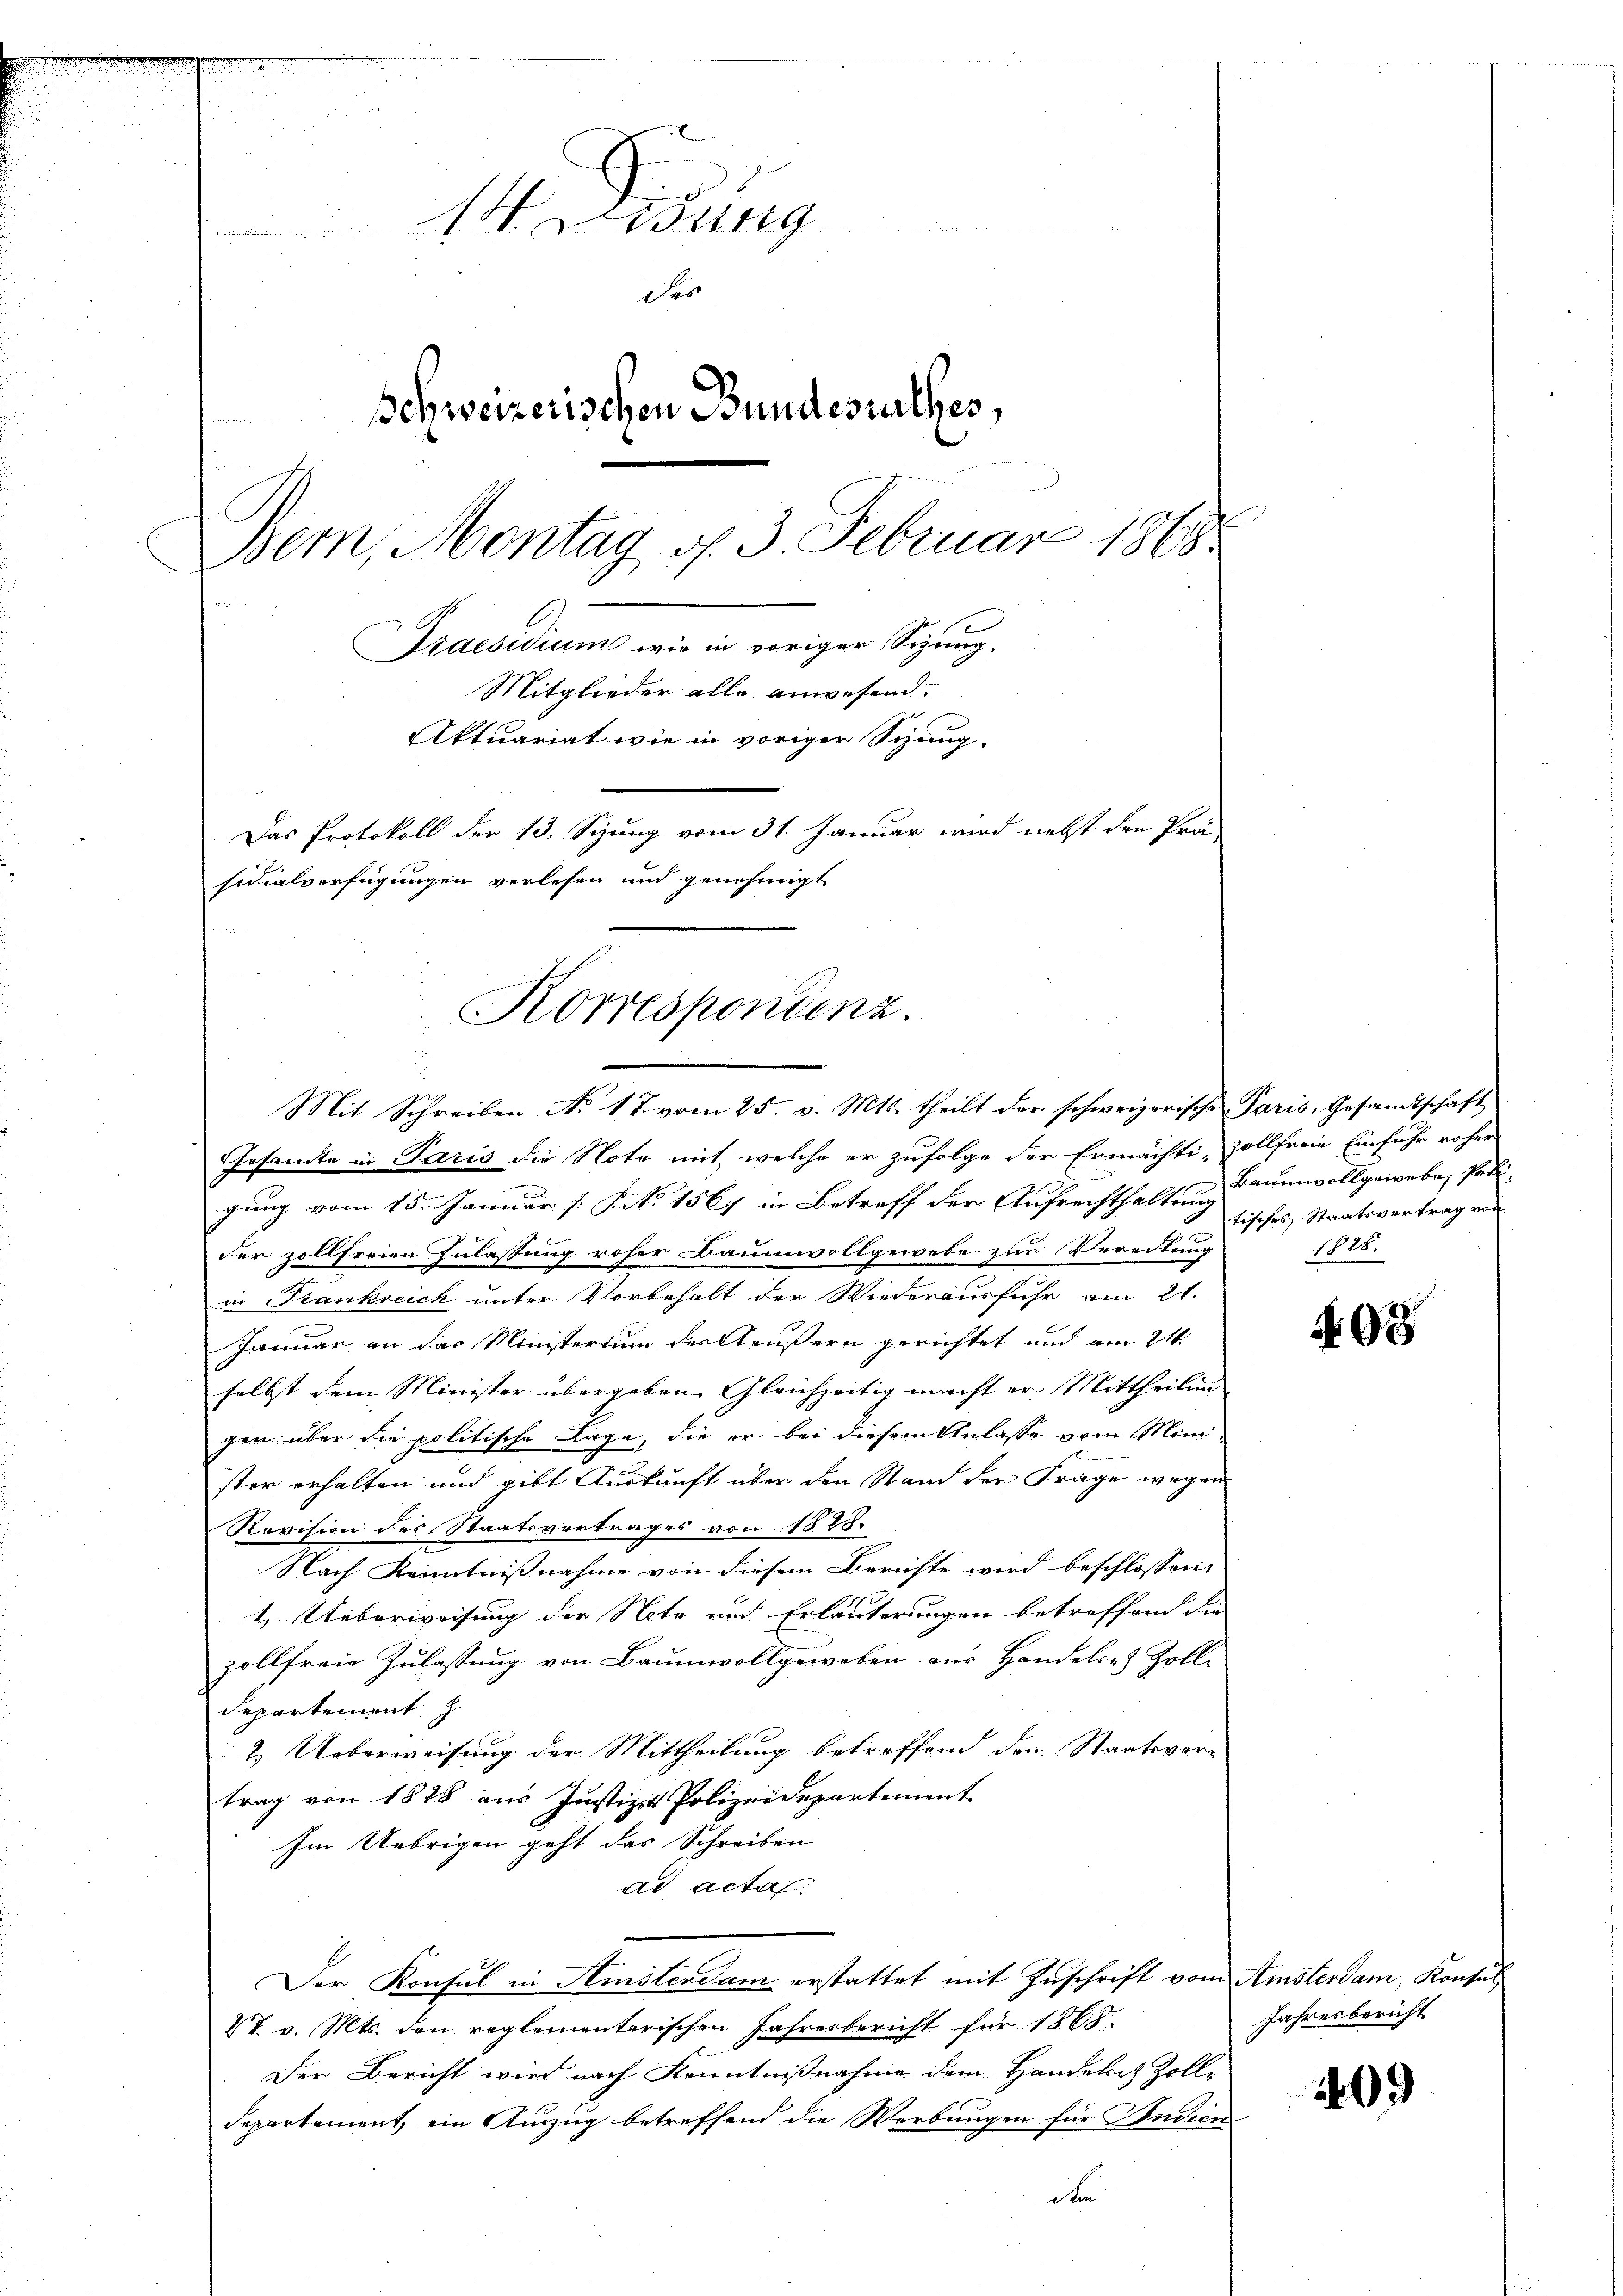
1 iung

Das
Schweizerischen Bundesrathes,
Bem, Montag d. 3. Februar 1868.
A
Praesidium wie in voriger Sizung.
Mitglieder alle anwesend.
Aktuariat wie in voriger Sitzung.
Das Protokoll der 13. Sizung vom 31. Januar wird nebst den Prä-
sidialverfügungen verlesen und genehmigt

Korrespondenz.
Mit Schreiben No 1. J. vom 25. v. Mts. theilt der schweizerische Paris, Gesamtschaft

Gesandte in Paris die Note mit welche er zufolge der Ermächti- zollfreie Einfuhr roher
gung vom 15. Januar [P. No 1567 in Betreff der Aufrechthaltung Baumwollgewebe, sedi-
der zollfreien Zulassung roher Baumwollgewebe zur Veredlung
in Frankreich unter Vorbehalt der Wiederausfuhr am 21.
Januar an das Ministertum des Aeußern gerichtet und am 24.
selbst dem Minister übergeben. Gleichzeitig macht er Mittheilung
gen über die politische Lage, die er bei diesem Anlasse vom Minister erhalten und gibt Auskunft über den Stand der Frage wegen
Revision des Staatsvertrages von 1888.
Nach Kenntnißnahme von diesem Berichte wird beschlossen,
1. Ueberweisung der Note und Erläuterungen betreffend die
zollfreie Zulassung von Baumwollgeweben aus Handels- & Zolle
departement z
2. Ueberweisung der Mittheilung betreffend den Staatsvor-
trag von 1878 aus Justiz & Polizeidepartement
Im Uebrigen geht das Schreiben
ad acta
Der Konsul in Amsterdam erstattet mit Zuschrift vom Amsterdam, Konsul
47. v. Mts. den reglementarischen Jahresbericht für 1865.
Der Bericht wird nach Kenntnißnahme dem Handeler Zoll-
departement ein Auszug betreffend die Werbungen für Indien
D

tisches Staatsvertrag von
1828.

493

Jahresbericht

409